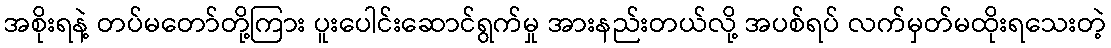
အစိုးရနဲ့ တပ်မတော်တို့ကြား ပူးပေါင်းဆောင်ရွက်မှု အားနည်းတယ်လို့ အပစ်ရပ် လက်မှတ်မထိုးရသေးတဲ့